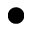
\bullet